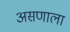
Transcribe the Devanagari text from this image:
असणाला